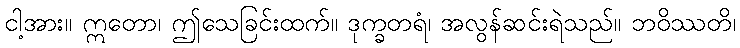
ငါ့အား။ ဣတော၊ ဤသေခြင်းထက်။ ဒုက္ခတရံ၊ အလွန်ဆင်းရဲသည်။ ဘဝိဿတိ၊